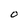
Character: O